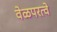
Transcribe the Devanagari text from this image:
वेळपरत्वे